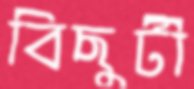
বিছুটী